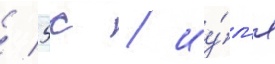
/ 5с / иу́л'я